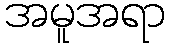
အမူအရာ